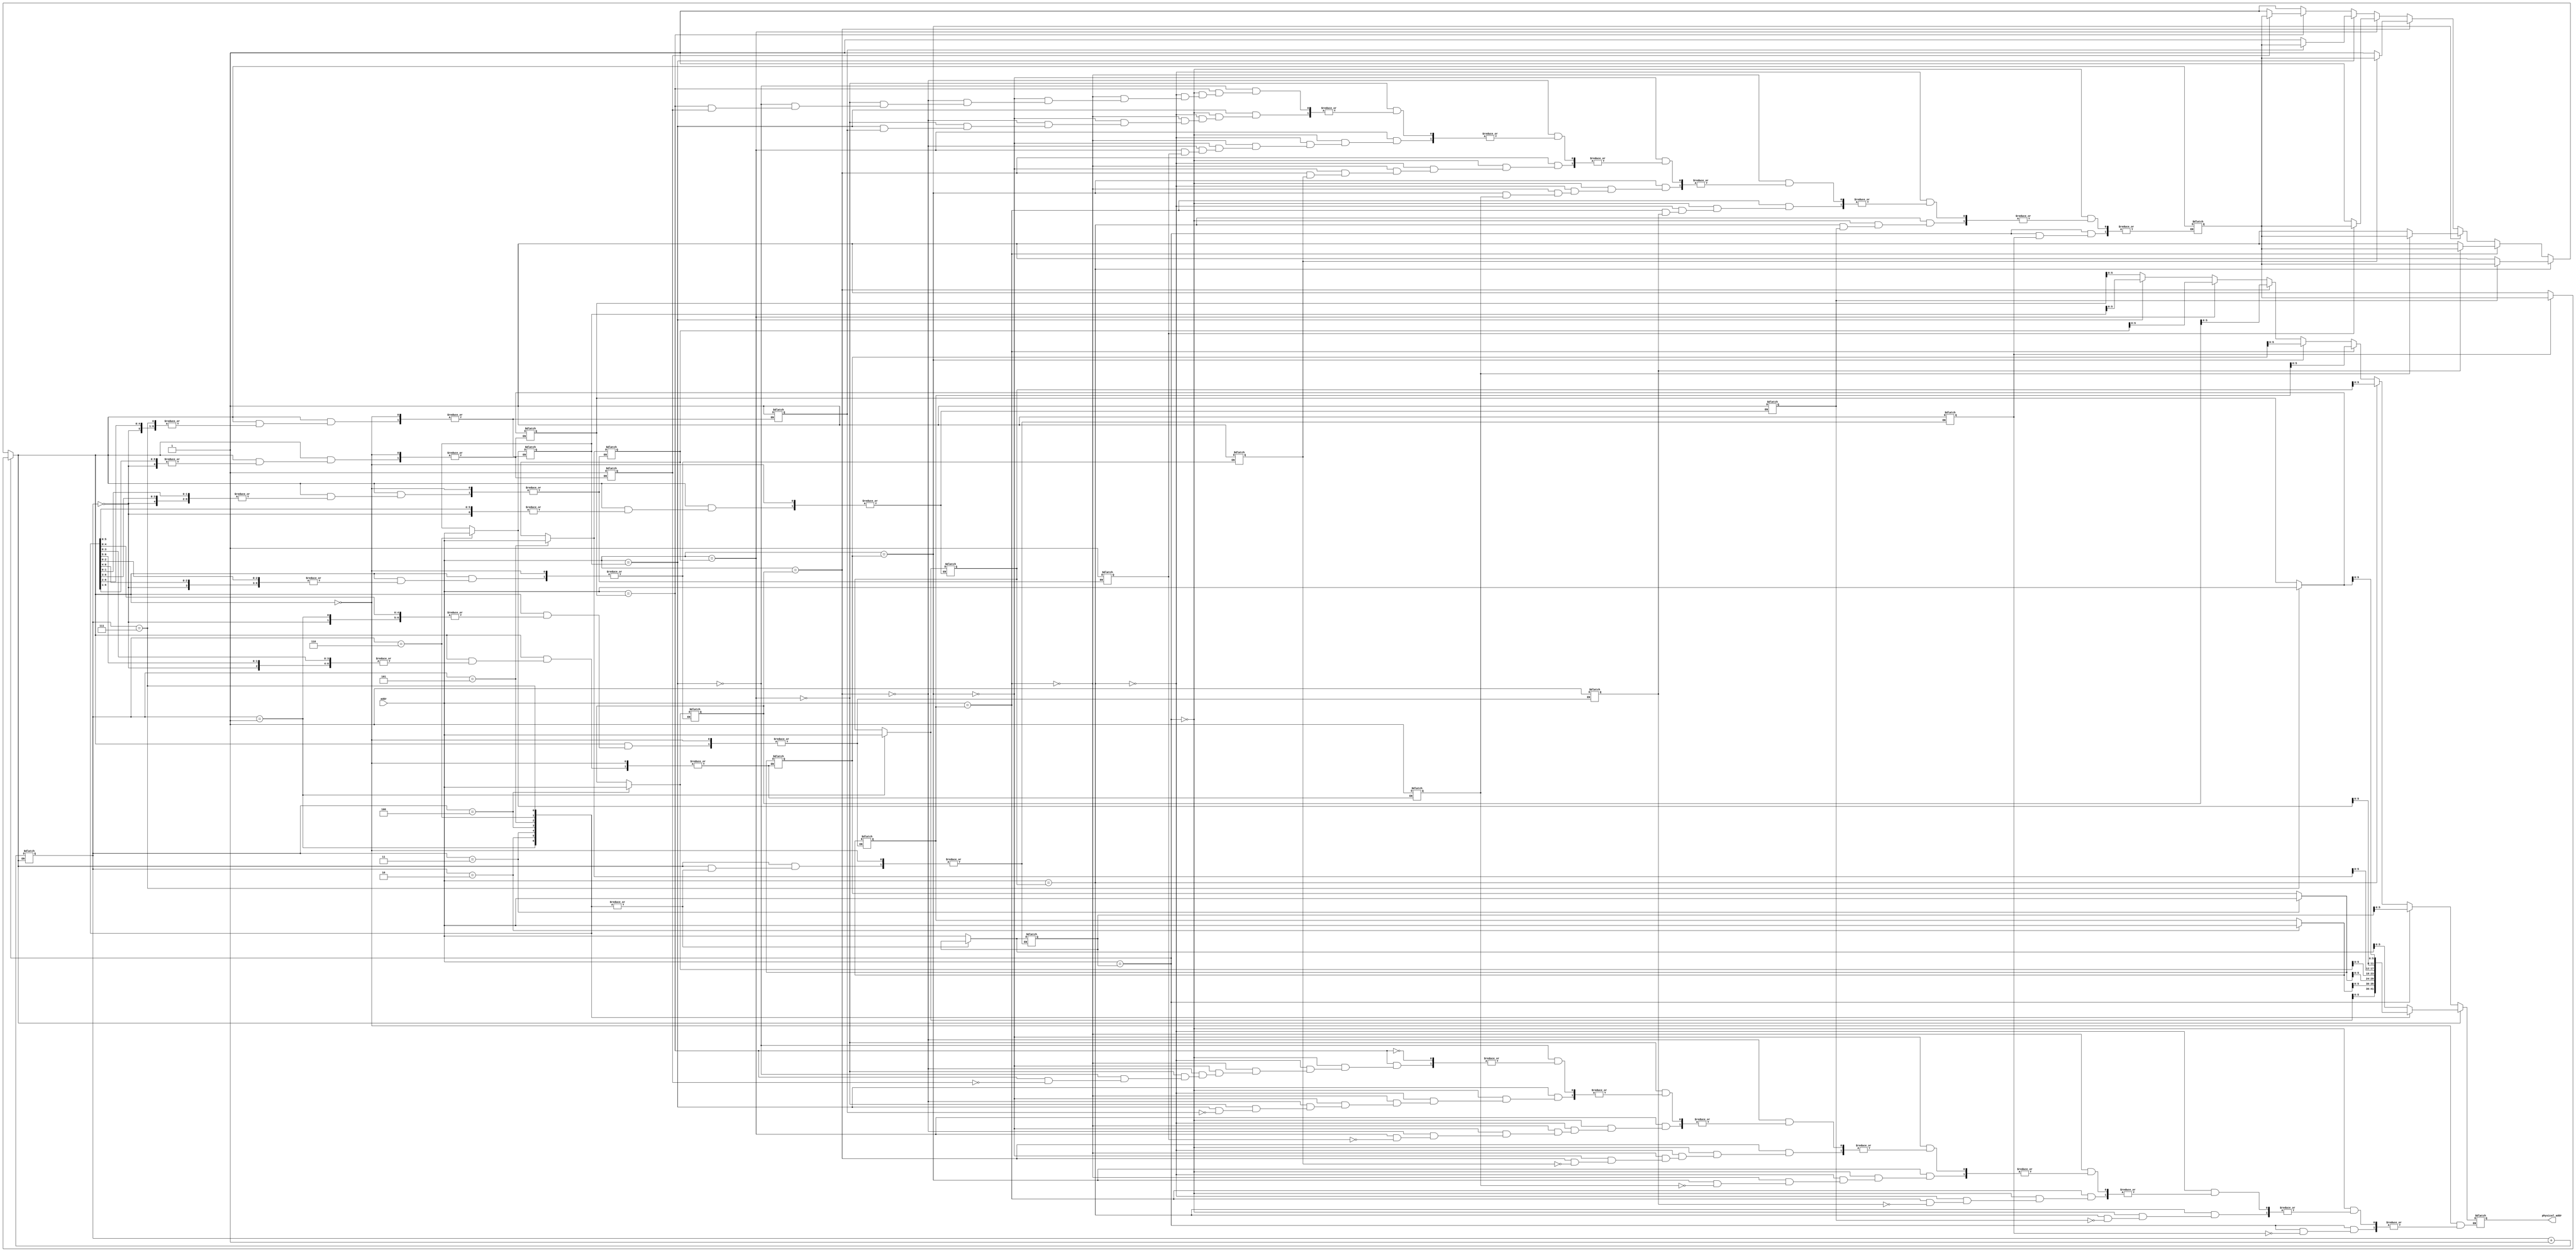

module tlb(addr, physical_addr);
	
	input [15:0] addr;
	output reg [5:0] physical_addr;
	
	reg [7:0] tlb_valid;
	reg [15:0] tlb_lines[7:0];
	
	reg [2:0] cont;
	reg miss;
	
	initial begin
		cont = 3'b000;
		
		tlb_valid = 6'b0;
		
		tlb_lines[0] = 15'b0;
		tlb_lines[1] = 15'b0;
		tlb_lines[2] = 15'b0;
		tlb_lines[3] = 15'b0;
		tlb_lines[4] = 15'b0;
		tlb_lines[5] = 15'b0;
		tlb_lines[6] = 15'b0;
		tlb_lines[7] = 15'b0;
	end
	
	always @(addr) begin
		
		case (addr)
			tlb_lines[0]: begin if (tlb_valid[0]) physical_addr[5:0] = tlb_lines[0][5:0]; else miss = 1'b1; end
			tlb_lines[1]: begin if (tlb_valid[1]) physical_addr[5:0] = tlb_lines[1][5:0]; else miss = 1'b1; end
			tlb_lines[2]: begin if (tlb_valid[2]) physical_addr[5:0] = tlb_lines[2][5:0]; else miss = 1'b1; end
			tlb_lines[3]: begin if (tlb_valid[3]) physical_addr[5:0] = tlb_lines[3][5:0]; else miss = 1'b1; end
			tlb_lines[4]: begin if (tlb_valid[4]) physical_addr[5:0] = tlb_lines[4][5:0]; else miss = 1'b1; end
			tlb_lines[5]: begin if (tlb_valid[5]) physical_addr[5:0] = tlb_lines[5][5:0]; else miss = 1'b1; end
			tlb_lines[6]: begin if (tlb_valid[6]) physical_addr[5:0] = tlb_lines[6][5:0]; else miss = 1'b1; end
			tlb_lines[7]: begin if (tlb_valid[7]) physical_addr[5:0] = tlb_lines[7][5:0]; else miss = 1'b1; end
			default: miss = 1'b1;
		endcase
		
		if (miss) begin
			tlb_lines[cont] = addr;
			tlb_valid[cont] = 1'b1;
			physical_addr[5:0] = tlb_lines[cont][5:0];
			cont = cont + 1'b1;
		end
		
	end
	
endmodule